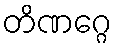
တိဏဂ္ဂေ